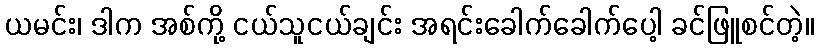
ယမင်း၊ ဒါက အစ်ကို့ ငယ်သူငယ်ချင်း အရင်းခေါက်ခေါက်ပေါ့ ခင်ဖြူစင်တဲ့။